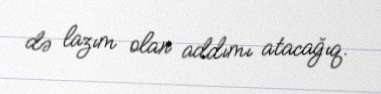
də lazım olan addımı atacağıq.